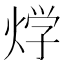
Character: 𤊀